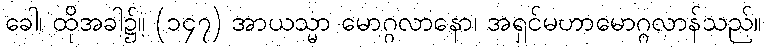
ခေါ၊ ထိုအခါ၌။ (၁၄၇) အာယသ္မာ မောဂ္ဂလာနော၊ အရှင်မဟာမောဂ္ဂလာန်သည်။